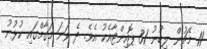
11 މެޗުން ލިބުނު 31 ޕޮއިންޓާއެކު އެވެ. ދެ ވަނަ މަގާމްގައި ކުޅުނު